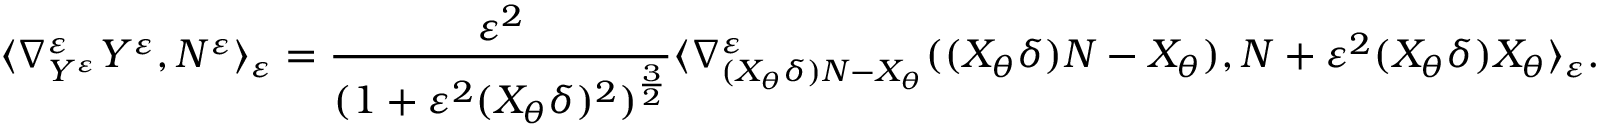
\langle \nabla _ { Y ^ { \varepsilon } } ^ { \varepsilon } Y ^ { \varepsilon } , N ^ { \varepsilon } \rangle _ { \varepsilon } = \frac { \varepsilon ^ { 2 } } { ( 1 + \varepsilon ^ { 2 } ( X _ { \theta } \delta ) ^ { 2 } ) ^ { \frac { 3 } { 2 } } } \langle \nabla _ { ( X _ { \theta } \delta ) N - X _ { \theta } } ^ { \varepsilon } ( ( X _ { \theta } \delta ) N - X _ { \theta } ) , N + \varepsilon ^ { 2 } ( X _ { \theta } \delta ) X _ { \theta } \rangle _ { \varepsilon } .